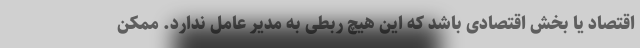
اقتصاد یا بخش اقتصادی باشد که این هیچ ربطی به مدیر عامل ندارد. ممکن